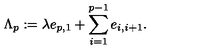
\Lambda _ { p } : = \lambda e _ { p , 1 } + \sum _ { i = 1 } ^ { p - 1 } e _ { i , i + 1 } .